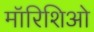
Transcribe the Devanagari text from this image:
मॉरिशिओ